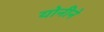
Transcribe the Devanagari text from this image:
योनीने